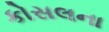
કોસલના